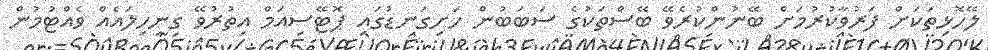
ލޭހޮޅިތަކަށް ފަރުވާކުރުމަށް ބޭނުންކުރެވޭ ބޭސްތަކުގެ ސަބަބުން ހަށިގަނޑުގައި ޕޮޓޭސިއަމް އިތުރުވޭ ގިނިހިލައެއް ވެއްޓުމުން